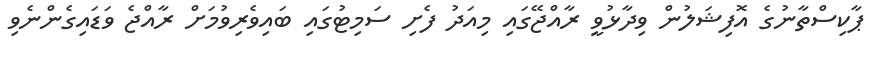
ޕާކިސްތާނުގެ އޮފިޝަލުން ވިދާޅުވީ ރާއްޖޭގައި މިއަދު ފެށި ސަމިޓުގައި ބައިވެރިވުމަށް ރާއްޖެ ވަޑައިގެންނެވި